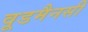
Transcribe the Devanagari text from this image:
वूडमैनसी